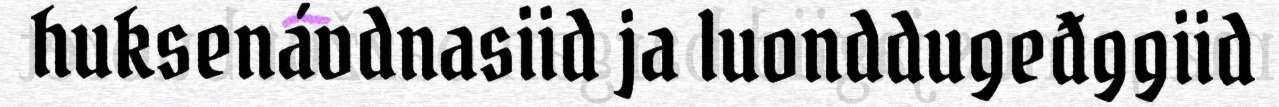
huksenávdnasiid ja luonddugeđggiid